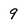
Character: 9